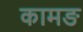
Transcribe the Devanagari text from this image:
कामङ